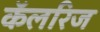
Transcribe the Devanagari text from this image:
कॅलरिज